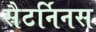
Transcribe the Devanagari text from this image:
सैटर्निनस